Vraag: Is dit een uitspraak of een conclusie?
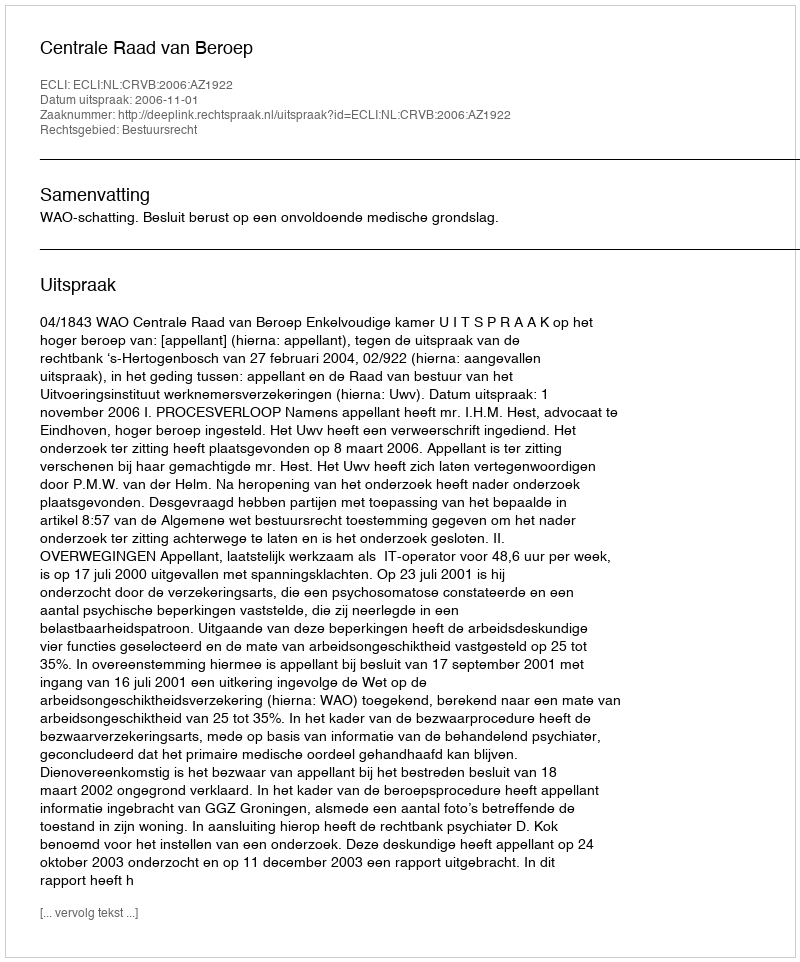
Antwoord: Uitspraak